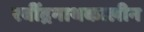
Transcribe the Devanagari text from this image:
रवींद्रनाथकालीन